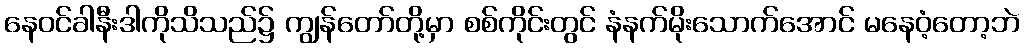
နေဝင်ခါနီးဒါကိုသိသည်၌ ကျွန်တော်တို့မှာ စစ်ကိုင်းတွင် နံနက်မိုးသောက်အောင် မနေဝံ့တော့ဘဲ